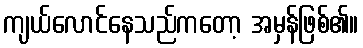
ကျယ်လောင်နေသည်ကတော့ အမှန်ဖြစ်၏။